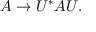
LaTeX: A \rightarrow U ^ { * } A U .